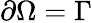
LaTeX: \partial\Omega=\Gamma